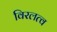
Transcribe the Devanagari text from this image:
विरलत्व